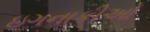
ઇગનાકીઓ